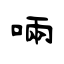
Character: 啢